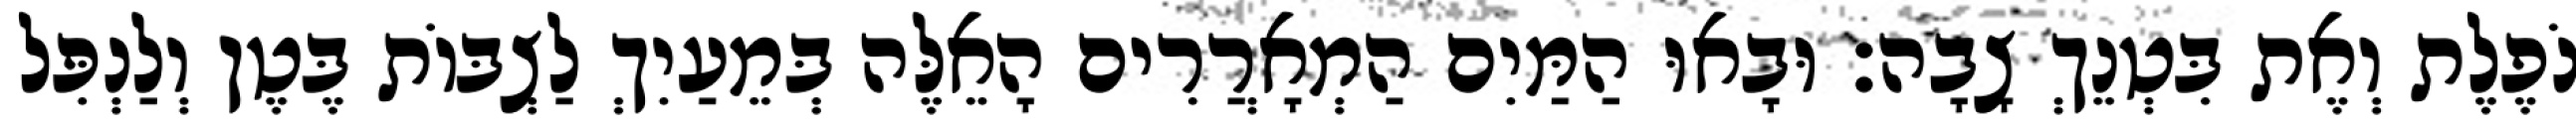
נֹפֶלֶת וְאֶת בִּטְנֵךְ צָבָה׃ וּבָאוּ הַמַּיִם הַמְאָרֲרִים הָאֵלֶּה בְּמֵעַיִךְ לַצְבּוֹת בֶּטֶן וְלַנְפִּל